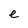
Character: e